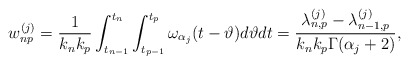
\begin{align*} w_{np}^{(j)} = \frac{1}{k_nk_p}\int_{t_{n-1}}^{t_n}\int_{t_{p-1}}^{t_p}\omega_{\alpha_j}(t-\vartheta) d\vartheta dt = \frac{\lambda_{n,p}^{(j)}-\lambda_{n-1,p}^{(j)}}{k_n k_p \Gamma(\alpha_j+2)}, \end{align*}